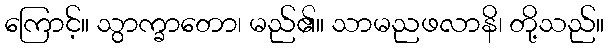
ကြောင့်။ သွာက္ခာတော၊ မည်၏။ သာမညဖလာနိ၊ တို့သည်။